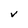
Character: V